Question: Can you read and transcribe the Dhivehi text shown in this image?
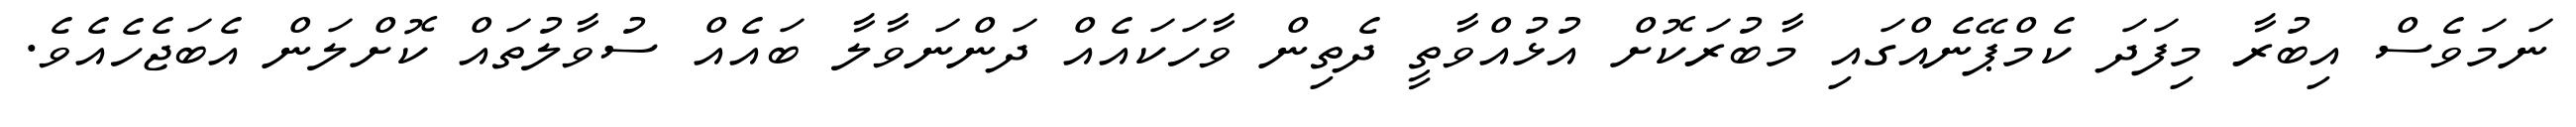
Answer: ނަމަވެސް އިބުރާ މިފަދަ ކެމްޕޭނެއްގައި މާބުރަކޮށް އުޅުއްވާތީ ދެތިން ވާހަކައެއް ދަންނަވާލާ ބައެއް ސުވާލުތައް ކޮށްލަން އެބަޖެހެއެވެ.